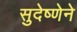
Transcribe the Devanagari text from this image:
सुदेष्णेने